King Institute of Preventive Medicine Bacteriolog. Section reports 1907-08
Year: 1907
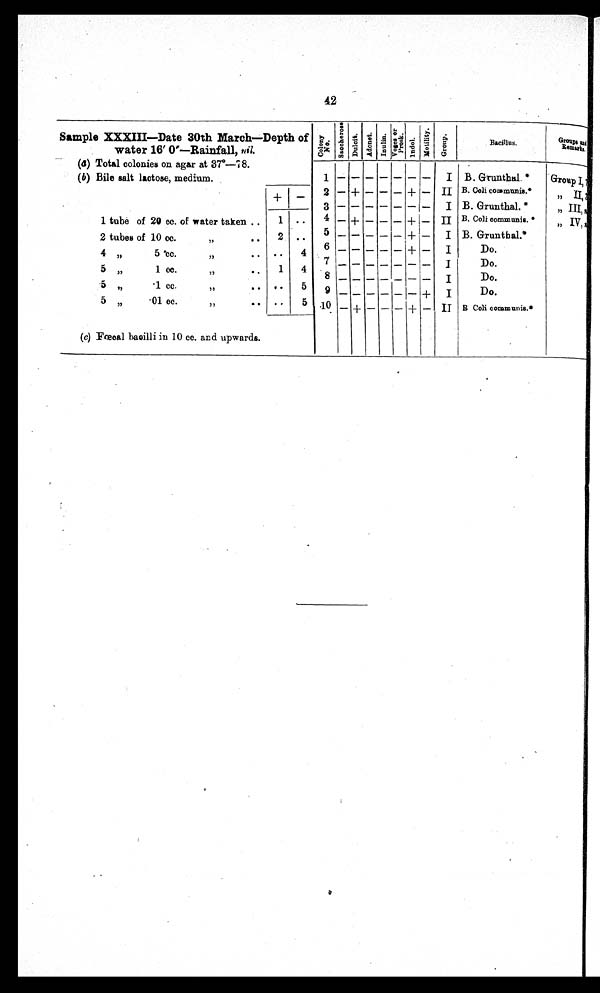
42
Sample XXXIII—Date 30th March—Depth of
water 16' 0—Rainfall, nil.
C o l o n y N o . Saccharose. Du l c i t . A d o n i t . I n u l i n . V o g e s o r
P r o s k .
I n d o l .
Mo t i l i t y
G r o u p .
Bacillus. G r o u p s
a n d
R e m a r k s .
(a) Total colonies on agar at 37º—78.
.
(b) Bile salt lactose, medium,
2
1
— + — — — + —
I
II
B. Grunthal. *
B. Coli communis*
Group I,
,, II,
1 tube of 20 cc. of water taken ..
2 tubes of 10 cc.
,,
..
4
5
3
—
—
+ —
—
_
—
—
—
+
+
—
—
I
II
I
B, Grunthal. *
B. Coli communia. *
B, Grunthal,*
,, III,
„IV,
1
2
• •
..
4
5 'cc,
. . • •
4
6 — — — — — + —
I
Do,
5 ,,
1 cc,
. .
, ,
1
4
_ _ _ _ _
I
Do,
5 „
,1 cc.
,,
• •
• •
5
9
—
+
I
I
Do.
Do.
5 ,,
•01 cc.
..
, ,
(c) Fœcal bacilli in 10 cc. and upwards.
• •
5
1
101 0 — + — — — + — II B Coli communis.*